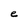
Character: e